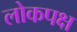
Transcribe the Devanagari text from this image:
लोकपक्ष